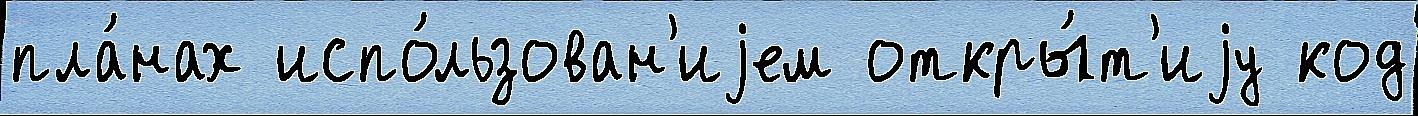
пла́нах испо́льзован'иjем откры́т'иjу код